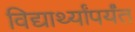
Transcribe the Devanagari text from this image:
विद्यार्थ्यांपर्यंत